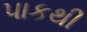
પાકથી